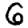
Digit: 6